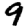
Digit: 9